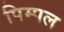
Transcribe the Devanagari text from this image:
पिम्पल